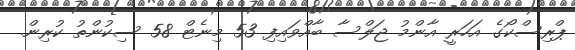
ޕްރިސްކޯގެ އަހަރީ އާންމު ޖަލްސާ ބާއްވައިފި 53 މިނެޓް 58 ސިކުންތު ކުރިން.